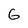
Character: 6